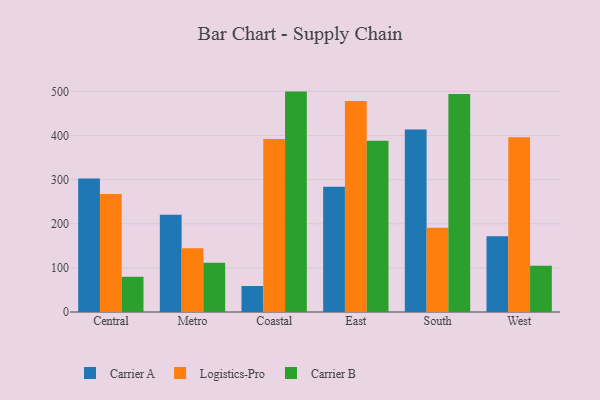
{"axis": {"x": "Region", "y": "Active Users"}, "legend": ["Carrier A", "Carrier B", "Logistics-Pro"], "data": [{"x": "Central", "y": 302.4, "type": "Carrier A"}, {"x": "Central", "y": 267.5, "type": "Logistics-Pro"}, {"x": "Central", "y": 79.8, "type": "Carrier B"}, {"x": "Metro", "y": 220.6, "type": "Carrier A"}, {"x": "Metro", "y": 144.5, "type": "Logistics-Pro"}, {"x": "Metro", "y": 111.5, "type": "Carrier B"}, {"x": "Coastal", "y": 59.0, "type": "Carrier A"}, {"x": "Coastal", "y": 392.0, "type": "Logistics-Pro"}, {"x": "Coastal", "y": 499.5, "type": "Carrier B"}, {"x": "East", "y": 283.9, "type": "Carrier A"}, {"x": "East", "y": 478.3, "type": "Logistics-Pro"}, {"x": "East", "y": 388.2, "type": "Carrier B"}, {"x": "South", "y": 413.7, "type": "Carrier A"}, {"x": "South", "y": 190.7, "type": "Logistics-Pro"}, {"x": "South", "y": 494.2, "type": "Carrier B"}, {"x": "West", "y": 171.6, "type": "Carrier A"}, {"x": "West", "y": 396.2, "type": "Logistics-Pro"}, {"x": "West", "y": 104.6, "type": "Carrier B"}]}